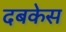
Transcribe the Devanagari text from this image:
दबकेस